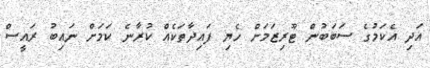
އަދި އެކަމުގެ ސަބަބުން ޓޫރިޒަމަށް ހެޔި ފައިދާތަކެއް ކުރާނެ ކަމަށް ނައިބު ރައީސް